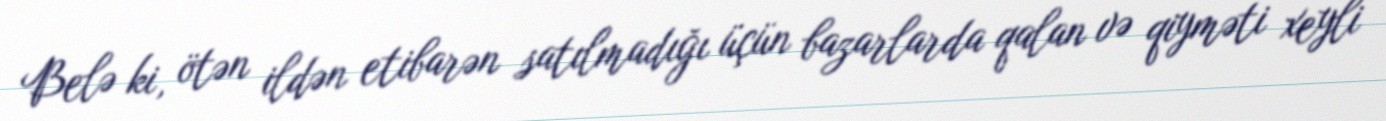
Belə ki, ötən ildən etibarən satılmadığı üçün bazarlarda qalan və qiyməti xeyli